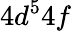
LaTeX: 4d^{5}4f